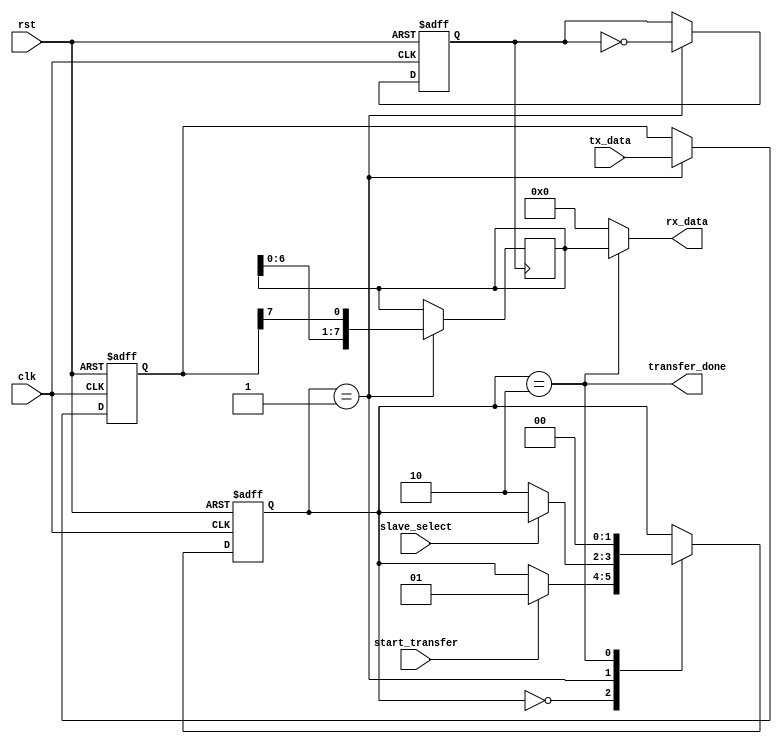
module spi_master (
    input wire clk,
    input wire rst,
    input wire start_transfer,
    input wire slave_select,
    input wire [7:0] tx_data,
    output reg [7:0] rx_data,
    output wire transfer_done
);

// State machine
parameter IDLE = 2'b00;
parameter TRANSFER = 2'b01;
parameter DONE = 2'b10;

reg [1:0] state;
always @(posedge clk or posedge rst) begin
    if (rst) begin
        state <= IDLE;
    end else begin
        case (state)
            IDLE: begin
                if (start_transfer) begin
                    state <= TRANSFER;
                end
            end
            TRANSFER: begin
                if (!slave_select) begin
                    state <= DONE;
                end
            end
            DONE: begin
                state <= IDLE;
            end
        endcase
    end
end

// Data registers
reg [7:0] tx_data_reg;
always @(posedge clk or posedge rst) begin
    if (rst) begin
        tx_data_reg <= 8'b0;
    end else begin
        if (state == TRANSFER) begin
            tx_data_reg <= tx_data;
        end
    end
end

// Control signals
wire sclk_div;
reg sclk_div_reg;
always @(posedge clk or posedge rst) begin
    if (rst) begin
        sclk_div_reg <= 1'b0;
    end else begin
        if (state == TRANSFER) begin
            sclk_div_reg <= ~sclk_div_reg;
        end
    end
end
assign sclk_div = sclk_div_reg;

// Shift register
reg [7:0] shift_reg;
always @(posedge sclk_div) begin
    if (state == TRANSFER) begin
        shift_reg <= {shift_reg[6:0], tx_data_reg[7]};
    end
end

always @(*) begin
    if (state == DONE) begin
        rx_data = shift_reg;
    end else begin
        rx_data = 8'b0;
    end
end

// Clock divider
reg [15:0] count;
always @(posedge clk or posedge rst) begin
    if (rst) begin
        count <= 16'b0;
    end else begin
        count <= count + 1;
    end
end
assign transfer_done = (state == DONE);

endmodule